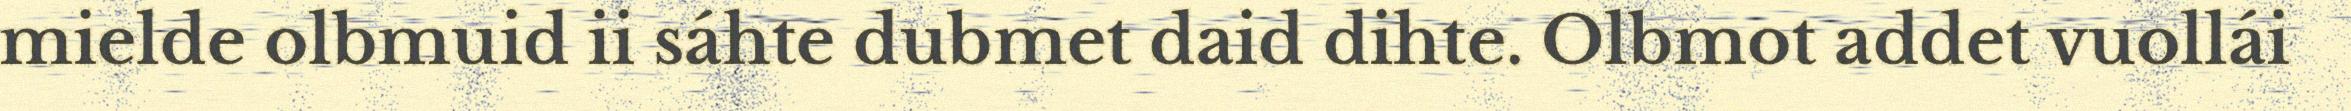
mielde olbmuid ii sáhte dubmet daid dihte. Olbmot addet vuollái